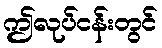
ဤလုပ်ငန်းတွင်